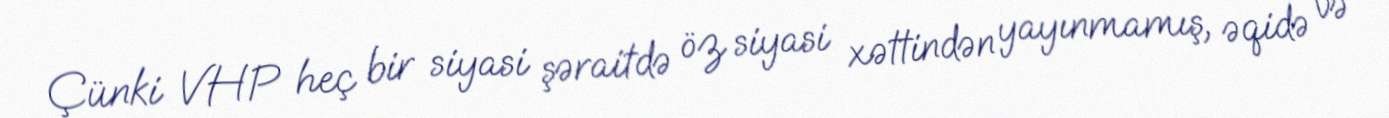
Çünki VHP heç bir siyasi şəraitdə öz siyasi xəttindən yayınmamış, əqidə və